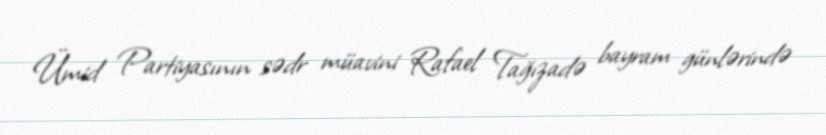
Ümid Partiyasının sədr müavini Rafael Tağızadə bayram günlərində